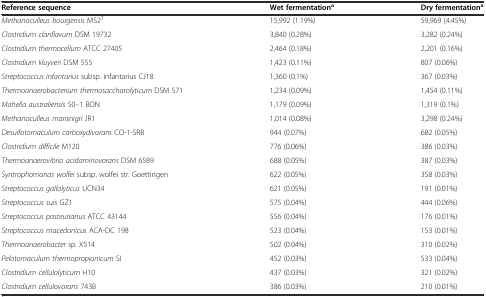
| Reference sequence | Wet fermentationa | Dry fermentationa |
 | --- | --- | --- |
 | Methanoculleus bourgensis MS2T | 15,992 (1.19%) | 59,969 (4.45%) |
 | Clostridium clariflavum DSM 19732 | 3,840 (0.28%) | 3,282 (0.24%) |
 | Clostridium thermocellum ATCC 27405 | 2,464 (0.18%) | 2,201 (0.16%) |
 | Clostridium kluyveri DSM 555 | 1,423 (0.11%) | 807 (0.06%) |
 | Streptococcus infantarius subsp. infantarius CJ18 | 1,360 (0.1%) | 367 (0.03%) |
 | Thermoanaerobacterium thermosaccharolyticum DSM 571 | 1,234 (0.09%) | 1,454 (0.11%) |
 | Mahella australiensis 50–1 BON | 1,179 (0.09%) | 1,319 (0.1%) |
 | Methanoculleus marisnigri JR1 | 1,014 (0.08%) | 3,298 (0.24%) |
 | Desulfotomaculum carboxydivorans CO-1-SRB | 944 (0.07%) | 682 (0.05%) |
 | Clostridium difficile M120 | 776 (0.06%) | 386 (0.03%) |
 | Thermoanaerovibrio acidaminovorans DSM 6589 | 688 (0.05%) | 387 (0.03%) |
 | Syntrophomonas wolfei subsp. wolfei str. Goettingen | 622 (0.05%) | 358 (0.03%) |
 | Streptococcus gallolyticus UCN34 | 621 (0.05%) | 191 (0.01%) |
 | Streptococcus suis GZ1 | 575 (0.04%) | 444 (0.06%) |
 | Streptococcus pasteurianus ATCC 43144 | 556 (0.04%) | 176 (0.01%) |
 | Streptococcus macedonicus ACA-DC 198 | 523 (0.04%) | 153 (0.01%) |
 | Thermoanaerobacter sp. X514 | 502 (0.04%) | 310 (0.02%) |
 | Pelotomaculum thermopropionicum SI | 452 (0.03%) | 533 (0.04%) |
 | Clostridium cellulolyticum H10 | 437 (0.03%) | 321 (0.02%) |
 | Clostridium cellulovorans 743B | 386 (0.03%) | 210 (0.01%) |